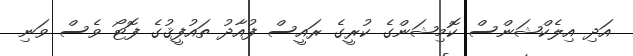
އަދި އިލެކްޝަންސް ކޮމިޝަންގެ ކުރީގެ ރައީސް ފުއާދު ތައުފީޤުގެ ފޮޓޯ ވެސް ވަނި